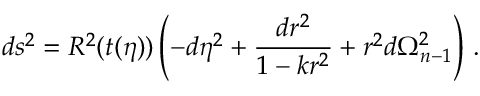
d s ^ { 2 } = R ^ { 2 } ( t ( \eta ) ) \left( - d \eta ^ { 2 } + { \frac { d r ^ { 2 } } { 1 - k r ^ { 2 } } } + r ^ { 2 } d \Omega _ { n - 1 } ^ { 2 } \right) \, .